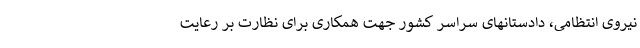
نیروی انتظامی، دادستانهای سراسر کشور جهت همکاری برای نظارت بر رعایت